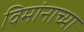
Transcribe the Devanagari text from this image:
विमांनाच्या